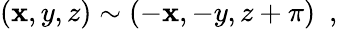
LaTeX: (\mathbf{x},y,z)\sim(-\mathbf{x},-y,z+\pi)\ \ ,